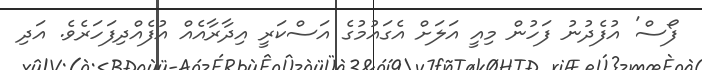
ފޯސް' އުފެދުނު ފަހުން މިއީ އަލަށް އެގައުމުގެ އަސްކަރީ އިދާރާއެއް އުފެއްދިފަހަރެވެ. އަދި